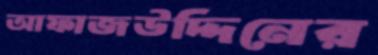
আফাজউদ্দিনের